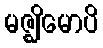
မဇ္ဈိမောပိ